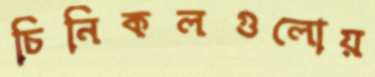
চিনিকলগুলোয়